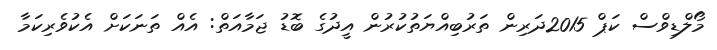
މޯލްޑިވްސް ކަޕް 2015ދަރިން ތަރުބިއްޔަތުކުރުން އީދުގެ ބޮޑު ޖަމާއަތް: އެއް ތަނަކަށް އެކުވެރިކަމާ